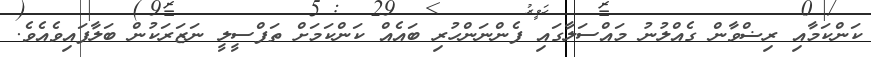
ކަންކަމާއި ރިޟްވާން ގެއްލުނު މައްސަލާގައި ފެންނަންހުރި ބައެއް ކަންކަމަށް ތަފްސީލީ ނަޒަރަކުން ބަލާފައިވެއެވެ.